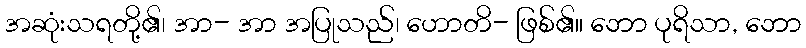
အဆုံးသရတို့၏၊ အာ- အာ အပြုသည်၊ ဟောတိ- ဖြစ်၏။ ဘော ပုရိသာ, ဘော